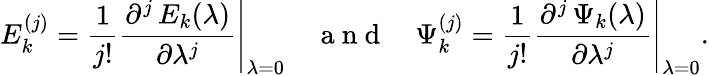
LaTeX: E_{k}^{(j)}=\frac{1}{j!}\left.\frac{\partial^{j}\, E_{k}(\lambda)}{\partial\lambda^{j}}\right\vert_{\lambda=0}\quad\mathrm{~a~n~d~}\quad\Psi_{k}^{(j)}=\frac{1}{j!}\left.\frac{\partial^{j}\, \Psi_{k}(\lambda)}{\partial\lambda^{j}}\right\vert_{\lambda=0}.